Report of the Bombay Plague Committee
Disease focus: Plague
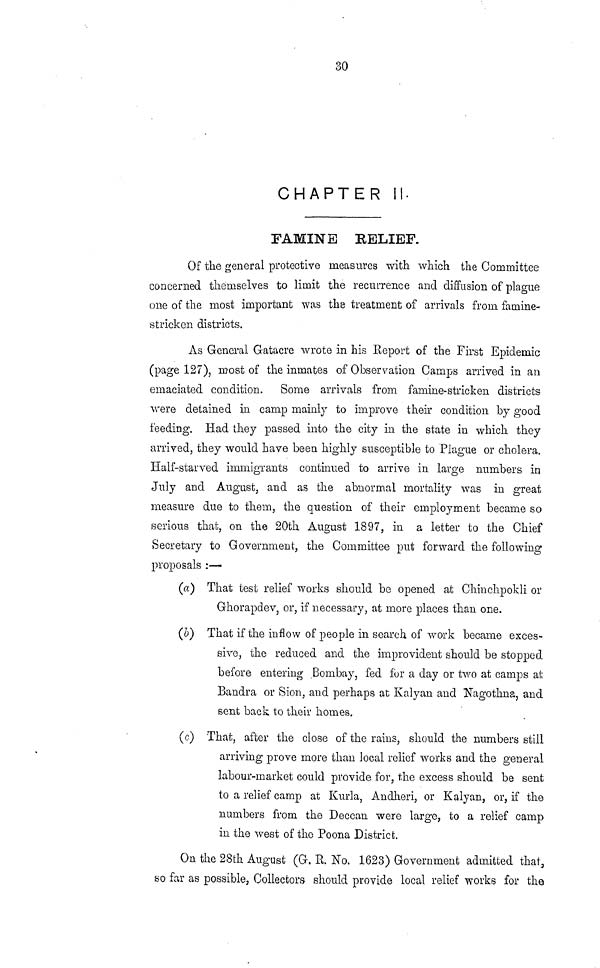
30
CHAPTER II.
FAMINE RELIEF.
Of the general protective measures with which the Committee
concerned themselves to limit the recurrence and diffusion of plague
one of the most important was the treatment of arrivals from famine-
stricken districts.
As General Gatacre wrote in his Report of the First Epidemic
(page 127), roost of the inmates of Observation Camps arrived in an
emaciated condition. Some arrivals from famine-stricken districts
were detained in camp mainly to improve their condition by good
feeding. Had they passed into the city in the state in which they
arrived, they would have been highly susceptible to Plague or cholera.
Half-starved immigrants continued to arrive in large numbers in
July and August, and as the abnormal mortality was in great
measure due to them, the question of their employment became so
serious that, on the 20th August 1897, in a letter to the Chief
Secretary to Government, the Committee put forward the following
proposals :—
(a) That test relief works should be opened at Chinchpokli or
Ghorapdev, or, if necessary, at more places than one.
(b) That if the inflow of people in search of work became exces-
sive, the reduced and the improvident should be stopped
before entering Bombay, fed for a day or two at camps at
Bandra or Sion, and perhaps at Kalyan and Nagothna, and
sent back to their homes.
(c) That, after the close of the rains, should the numbers still
arriving prove more than local relief works and the general
labour-market could provide for, the excess should be sent
to a relief camp at Kurla, Andheri, or Kalyan, or, if the
numbers from the Deccan were largo, to a relief camp
in the west of the Poona District.
On the 28th August (G. R. No. 1623) Government admitted that,
so far as possible, Collectors should provide local relief works for the